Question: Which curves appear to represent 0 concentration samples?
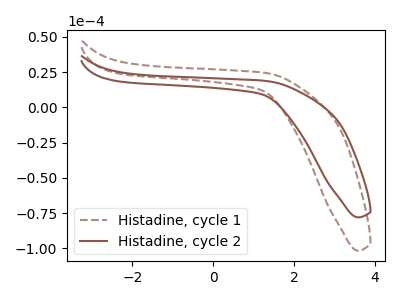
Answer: <think>The brown dashed curve "Histadine, cycle 1" has no peaks. The brown curve "Histadine, cycle 2" has no peaks.</think>
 <answer>"Histadine, cycle 1" and "Histadine, cycle 2" are likely to be blanks.</answer>
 <eval>"Histadine, cycle 1", "Histadine, cycle 2"</eval>